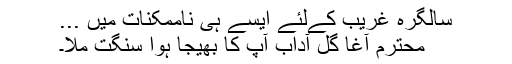
سالگرہ غریب کےلئے ایسے ہی ناممکنات میں ...
محترم آغا گل آداب آپ کا بھیجا ہوا سنگت ملا۔